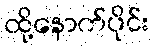
ထို့နောက်ပိုင်း